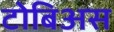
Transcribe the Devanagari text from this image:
टोबिअस